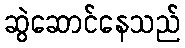
ဆွဲဆောင်နေသည်